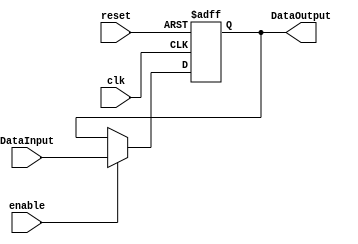


module PIPE_Register
#(
	parameter N=32
)
(
	input clk,
	input reset,
	input enable,
	input  [N-1:0] DataInput,
	output reg [N-1:0] DataOutput
);

always@(negedge reset or posedge clk) begin
	if(reset==0)
		DataOutput <= 0;
	else	
		if(enable==1)
			DataOutput<=DataInput;
end

endmodule